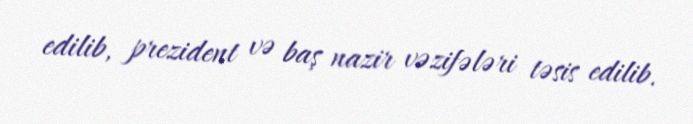
edilib, prezident və baş nazir vəzifələri təsis edilib.